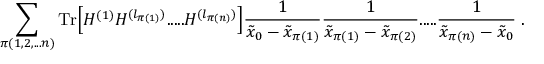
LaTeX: \sum _ { \pi ( 1 , 2 , . . . n ) } \mathrm { T r } \Big [ H ^ { ( 1 ) } H ^ { ( l _ { \pi ( 1 ) } ) } . . . . . H ^ { ( l _ { \pi ( n ) } ) } \Big ] \frac { 1 } { \tilde { x } _ { 0 } - \tilde { x } _ { \pi ( 1 ) } } \frac { 1 } { \tilde { x } _ { \pi ( 1 ) } - \tilde { x } _ { \pi ( 2 ) } } . . . . . \frac { 1 } { \tilde { x } _ { \pi ( n ) } - \tilde { x } _ { 0 } } \; .